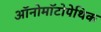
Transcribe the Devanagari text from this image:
ऑनोमॉटोपेथिक